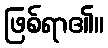
ဖြစ်ရာ၏။